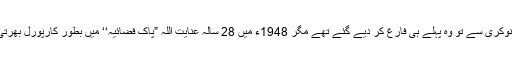
فوج کی نوکری سے تو وہ پہلے ہی فارغ کر دیے گئے تھے مگر 1948ء میں 28 سالہ عنایت اللہ ”پاک فضائیہ‘‘ میں بطور کارپورل بھرتی ہوگئے۔